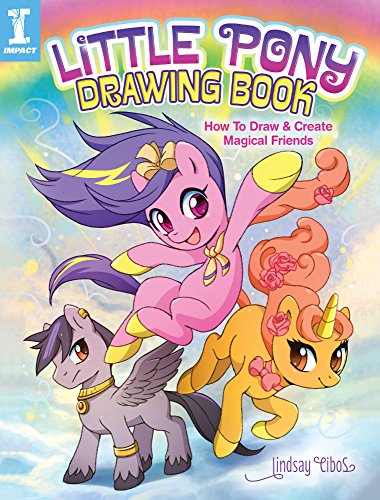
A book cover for Little Pony Drawing Book: How to Draw and Create Magical Friends; Lindsay Cibos; Comics & Graphic Novels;